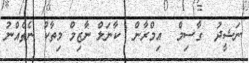
ނަޝީދު  ގާސިމް  އިމްރާން  ކާނަލް ނާޒިމް މިތާކު ނެތެއްނު